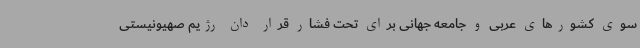
سوی کشورهای عربی و جامعه جهانی برای تحت فشار قرار دان رژیم صهیونیستی